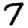
Digit: 7